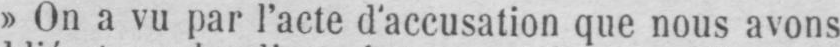
»On a vu par l’acte d’accusation que nous avons